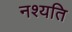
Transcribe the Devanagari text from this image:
नश्यति